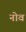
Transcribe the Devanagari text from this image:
नोव